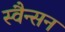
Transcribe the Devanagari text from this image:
स्वैन्सन